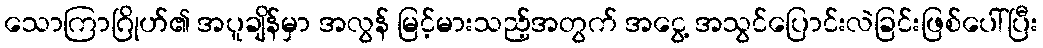
သောကြာဂြိုဟ်၏ အပူချိန်မှာ အလွန် မြင့်မားသည့်အတွက် အငွေ့ အသွင်ပြောင်းလဲခြင်းဖြစ်ပေါ်ပြီး